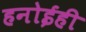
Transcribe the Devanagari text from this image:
हनोईही